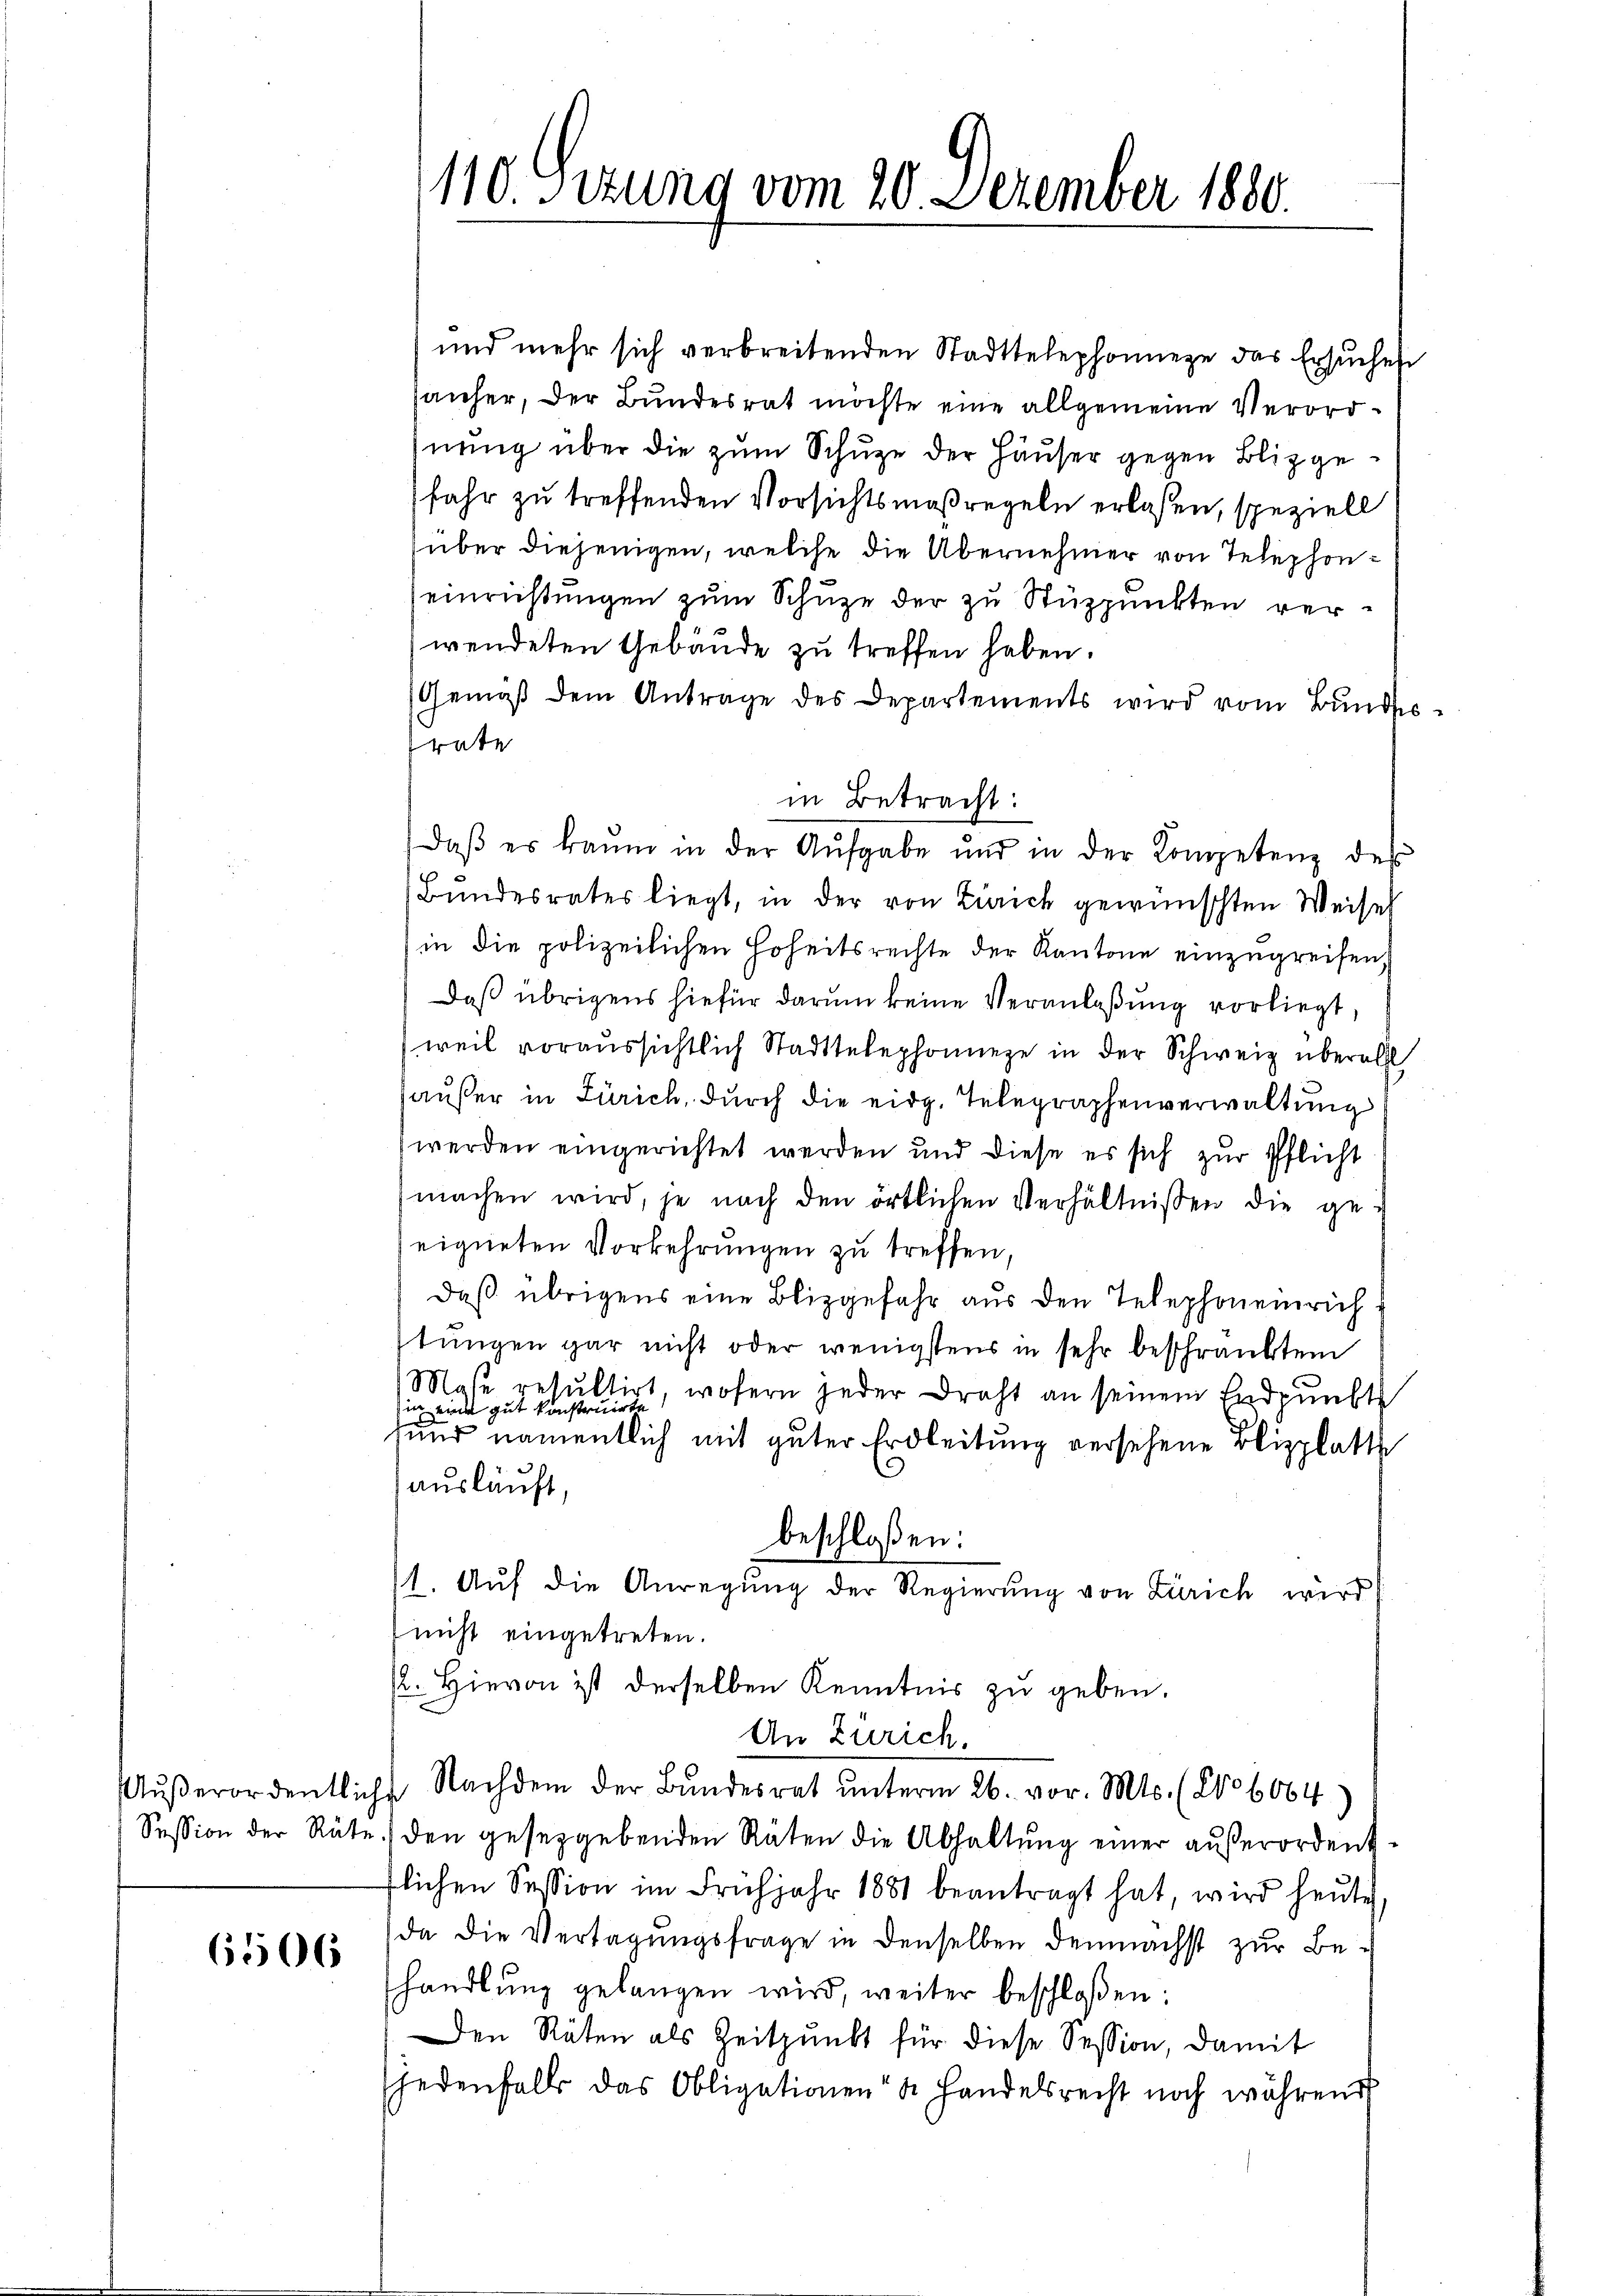
6506

und mehr sich verbreitenden Stadttelephonnere das Ersuches
sanher, der Bundesrat möchte eine allgemeine Verordhnung über die zum Schuze der Häuser gegen Blizgefahr zu treffenden Vorsichtsmaßregeln erlaßen, speziell
über diejenigen, welche die Übernehmer von Telephoneinrichtungen zum Schuze der zu Stuppunkten verwendeten Gebäude zu treffen haben.
Gemäβ dem Antrage des Departements wird vom Bŭndes-
Prate
in Betracht:
daβ er kaum in der Aufgabe und in der Kompetenz des
Bŭndesrates liegt, in der von Zürich gewünschten Weisel
in die polizeilichen Hoheitsrechte der Kantone einzugreifen,
Daß übrigens hiefür darum keine Veranlaßung vorliegt,
weil voraussichtlich Stadttelephoniere in der Schweiz überall
haußer in Zürich, durch die eidg. Telegraphenverwaltung
werden eingerichtet werden und diese es sich zur Pflicht
machen wird, je nach den örtlichen Verhältnissen die geeigneten Vorkehrungen zu treffen,
Daß übrigens eine Blizgefahr aus den Telephon einrich
tungen gar nicht oder wenigstens in sehr beschränktem
Mase resultirt, wofern jeder Draht an seinem Endpunkte
ich eine gut konstruirte
sund namentlich mit guter Erbleitung versehene Blizplatte
ausläuft.
beschloßen:
11. Aŭf die Anregŭng der Regierŭng von Zürich wird
nicht eingetreten.
/. Hievon ist derselben Kenntnis zu geben.
An Zürich.
Aŭβerordentliche Nachdem der Bŭndesrat ŭnterm 26. vor. Mts. (No 6064
Session der Rüte (den gesetzgebenden Räten die Abhaltŭng einer aŭβerordent-
flichen Session im Frühjahr 1881 beantragt hat, wird heŭte
da die Vertagungsfrage in denselben demnächst zur Be-
handlŭng gelangen wird, weiter beschloßen:
Den Räten als Zeitpunkt für diese Session, damit
jedenfalls das Obligationen Handelsrecht noch während

110. Setzung vom 20. Dezember 1880.